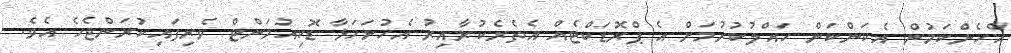
އެހެންކަމުން އެކަންކަން ހައްލުކުރުމަށް އެ ޕްރޮޑަކްޓެއް އެތެރެކުރާއިރު އެހުށަހަޅާ ޑޮކިއުމަންޓް ވެރިފައިކުރަންޖެހެ އެވެ.